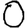
Digit: 0